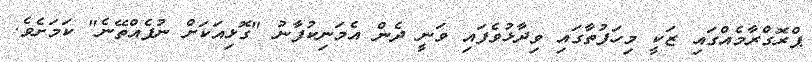
ޕްރޮގްރާމެއްގައި ޒަކީ މިހަފުތާގައި ވިދާޅުވެފައި ވަނީ ދެން އެމަނިކުފާނު "ގޮޅިއަކަށް ނުފެއްތޭނެ" ކަމަށެވެ.